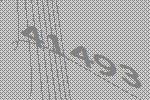
41493